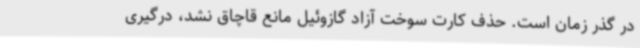
در گذر زمان است. حذف کارت سوخت آزاد گازوئیل مانع قاچاق نشد، درگیری